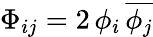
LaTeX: \Phi_{ij}=2\, \phi_{i}\, {\overline{{\phi_{j}}}}